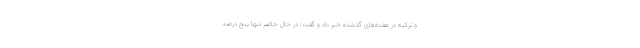
و ترکیه در هفته‌های گذشته خبر داد و گفت: در حال حاضر تنها پنج درصد